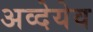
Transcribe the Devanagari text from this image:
अव्देयेव